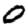
Digit: 0